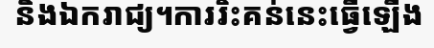
និងឯករាជ្យ។ការរិះគន់នេះធ្វើឡើង